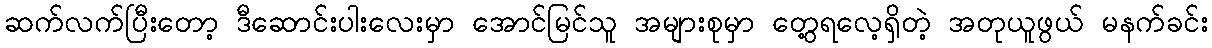
ဆက်လက်ပြီးတော့ ဒီဆောင်းပါးလေးမှာ အောင်မြင်သူ အများစုမှာ တွေ့ရလေ့ရှိတဲ့ အတုယူဖွယ် မနက်ခင်း